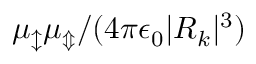
\mu _ { \updownarrow } \mu _ { \Updownarrow } / ( 4 \pi \epsilon _ { 0 } | R _ { k } | ^ { 3 } )